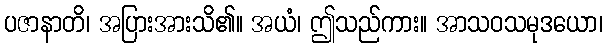
ပဇာနာတိ၊ အပြားအားသိ၏။ အယံ၊ ဤသည်ကား။ အာသဝသမုဒယော၊